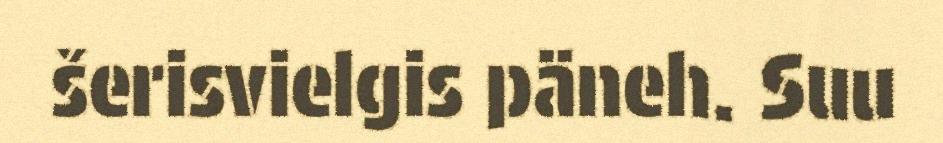
šerisvielgis päneh. Suu